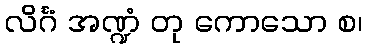
လိင်္ဂံ အဏ္ဍံ တု ကောသော စ၊